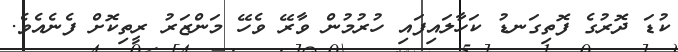
ކުޑަ ދޮރުގެ ފޮތިގަނޑު ކަހާލައިފައި ހުރުމުން ވާރޭ ވެހޭ މަންޒަރު ރީތިކޮށް ފެނެއެވެ.